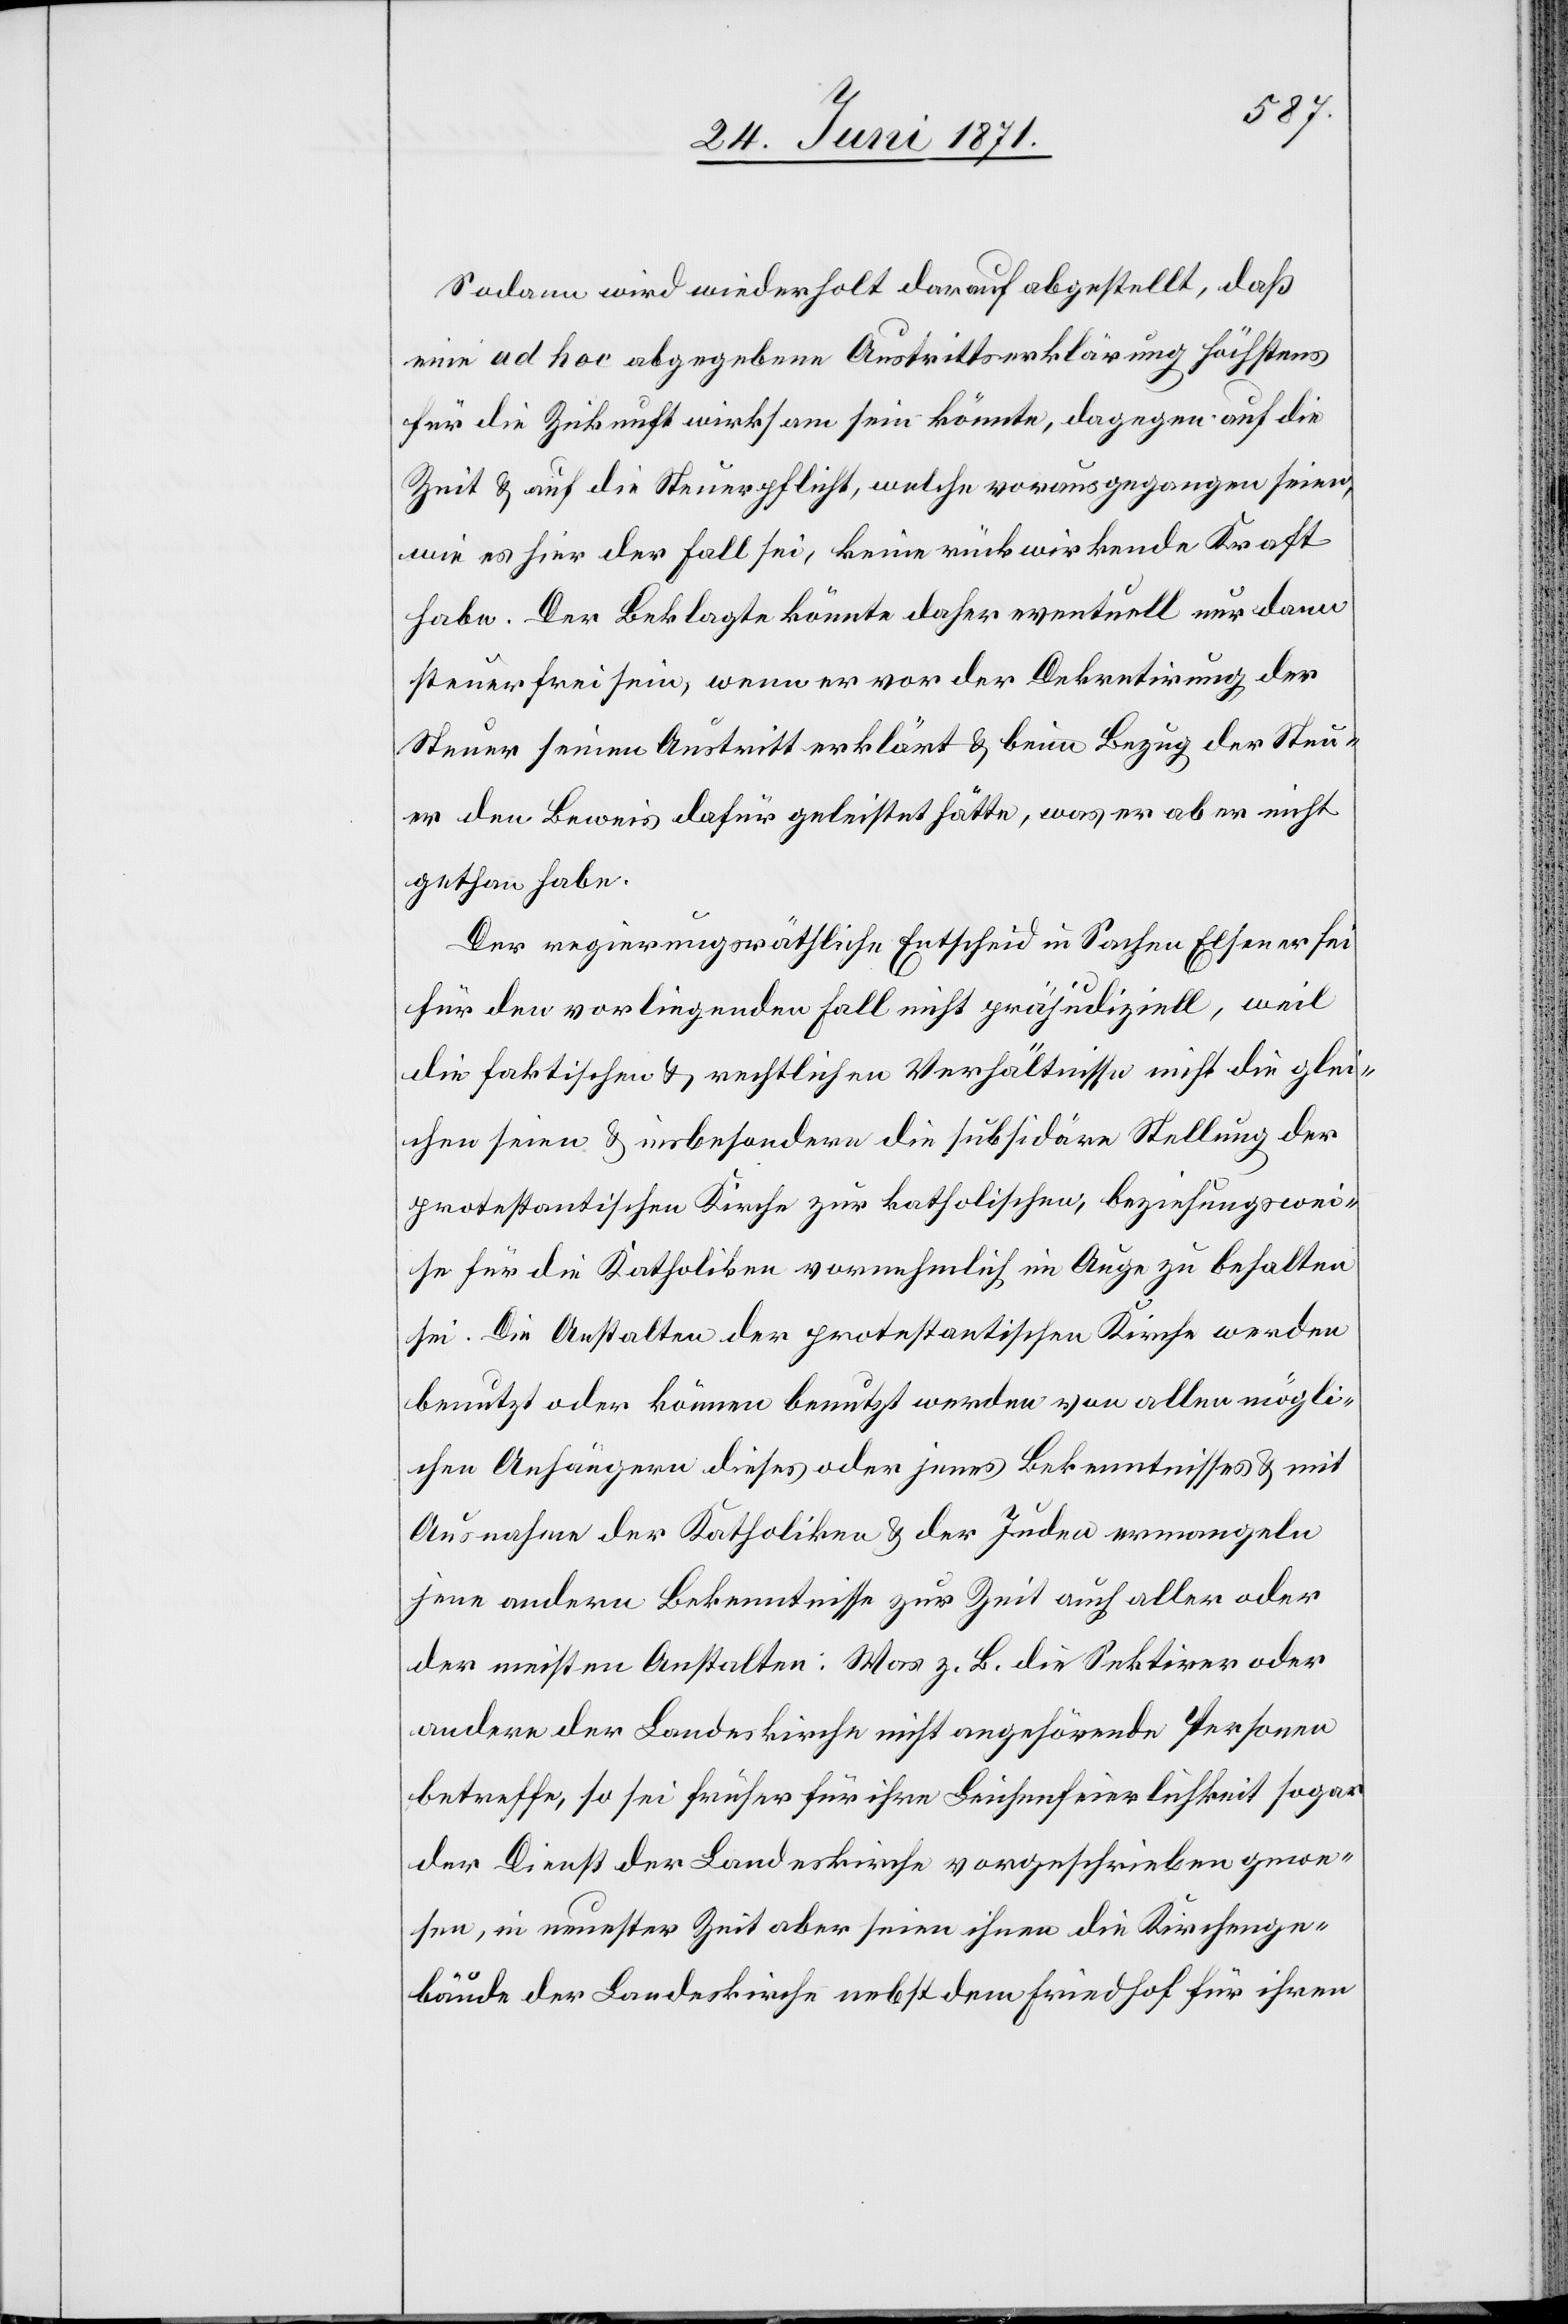
Sodann wird wiederholt darauf abgestellt, daß
eine ad hoc abgegebene Austrittserklärung höchstens
für die Zukunft wirksam sein könnte, dagegen auf die
Zeit u. auf die Steuerpflicht, welche vorausgegangen seien,
wie es hier der Fall sei, keine rückwirkende Kraft
habe. Der Beklagte könnte daher eventuell nur dann
steuerfrei sein, wenn er vor der Dekretirung der
Steuer seinen Austritt erklärt u. beim Bezug der Steu¬
er den Beweis dafür geleistet hätte, was er aber nicht
gethan habe.
Der regierungsräthliche Entscheid in Sachen Elsener sei
für den vorliegenden Fall nicht präjudiziell, weil
die faktischen u. rechtlichen Verhältnisse nicht die glei¬
chen seien u. insbesondern die subsidäre Stellung der
protestantischen Kirche zur katholischen, beziehungswei¬
se für die Katholiken vornehmlich im Auge zu behalten
sei. Die Anstalten der protestantischen Kirche werden
benutzt oder können benutzt werden von allen mögli¬
chen Anhängern dieses oder jenes Bekenntnisses u. mit
Ausnahme der Katholiken u. der Juden ermangeln
jene andern Bekenntnisse zur Zeit auf aller oder
der meisten Anstalten: Was z. B. die Sektirer oder
andere der Landeskirche nicht angehörende Personen
betreffe, so sei früher für ihre Leichenfeierlichkeit sogar
der Dienst der Landeskirche vorgeschrieben gewe¬
sen, in neuester Zeit aber seinen ihnen die Kirchenge¬
bäude der Landeskirche nebst dem Friedhof für ihren